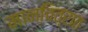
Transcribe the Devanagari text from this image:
मानचित्रात